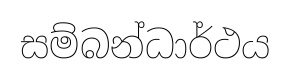
සම්බන්ධාර්ථය